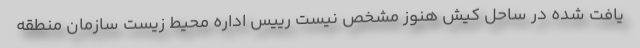
یافت شده در ساحل کیش هنوز مشخص نیست رییس اداره محیط زیست سازمان منطقه